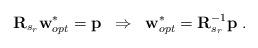
LaTeX: \begin{align*}\textbf{R}_{s_r}\textbf{w}_{opt}^*=\textbf{p}\;\;\Rightarrow\;\; \textbf{w}^*_{opt}=\textbf{R}_{s_r}^{-1}\textbf{p}\;.\end{align*}